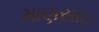
માણસાઇ